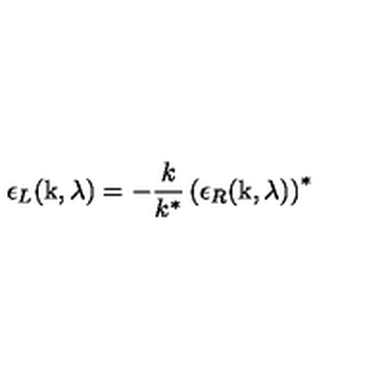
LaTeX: \epsilon _ { L } ( \mathrm { k } , \lambda ) = - \frac { k } { k ^ { * } } \left( \epsilon _ { R } ( \mathrm { k } , \lambda ) \right) ^ { * }